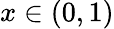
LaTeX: x\in(0,1)